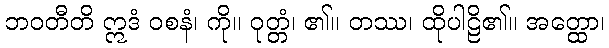
ဘဝတီတိ ဣဒံ ဝစနံ၊ ကို။ ဝုတ္တံ၊ ၏။ တဿ၊ ထိုပါဠိ၏။ အတ္ထော၊